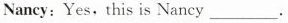
Nancy:Yes,this is Nancy___ .